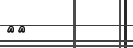
٥٨